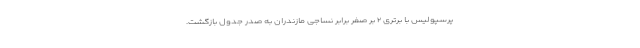
پرسپولیس با برتری ۲ بر صفر برابر نساجی مازندران به صدر جدول بازگشت.